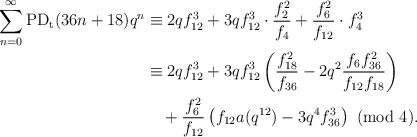
LaTeX: \begin{align*}\sum_{n=0}^{\infty}\textup{PD}_\textup{t}(36n+18)q^n&\equiv 2qf_{12}^3+3qf_{12}^3\cdot\dfrac{f_2^2}{f_4}+\dfrac{f_6^2}{f_{12}}\cdot f_4^3\\&\equiv 2qf_{12}^3+3qf_{12}^3\left(\dfrac{f_{18}^2}{f_{36}}-2q^2\dfrac{f_6f_{36}^2}{f_{12}f_{18}}\right)\\&\quad+\dfrac{f_6^2}{f_{12}}\left(f_{12}a(q^{12})-3q^4f_{36}^3\right)~(\textup{mod}~4).\end{align*}